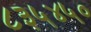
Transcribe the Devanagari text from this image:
८३५४५०